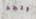
وتجد